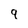
Character: 9